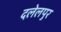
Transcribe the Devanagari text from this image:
दलेलपुर